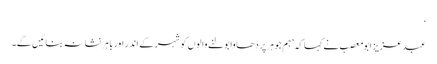
‘
عبدعزیز ابو معصب نے کہا کہ ’ہم جوہر پر دھاوا بولنے والوں کو شہر کے اندر اور باہر نشانہ بنائیں گے۔